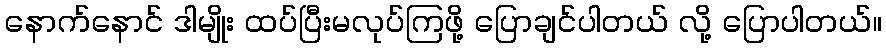
နောက်နောင် ဒါမျိုး ထပ်ပြီးမလုပ်ကြဖို့ ပြောချင်ပါတယ် လို့ ပြောပါတယ်။